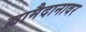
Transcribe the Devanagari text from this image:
ह्यामैदानावर